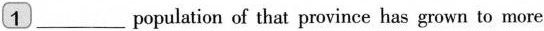
1 ___population of that province has grown to more